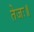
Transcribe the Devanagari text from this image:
तेजः॥